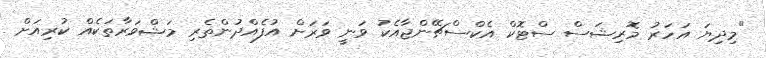
"މިދިޔަ އަހަރު މޮރިޝަސް ސްޓޮކް އެކްސްޗޭންޖާއެކު ވަނީ ވަރަށް އުފެއްދުންތެރި މަޝްވަރާތަކެއް ކުރިއަށް